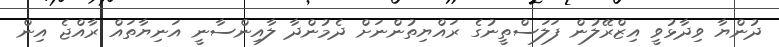
ދުންޔާ ވިދާޅުވީ އިޒްރޭލުން ފަލަސްތީނުގެ ރައްޔިތުންނަށް ދެމުންދާ ލާއިންސާނީ އަނިޔާތައް ރާއްޖެ އިން